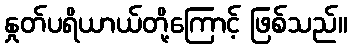
နှုတ်ပရိယာယ်တို့ကြောင့် ဖြစ်သည်။